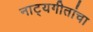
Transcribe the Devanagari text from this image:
नाट्यगीतांचा